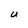
Character: U